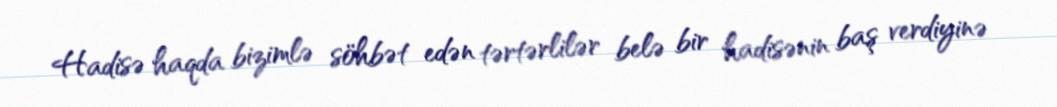
Hadisə haqda bizimlə söhbət edən tərtərlilər belə bir hadisənin baş verdiyinə